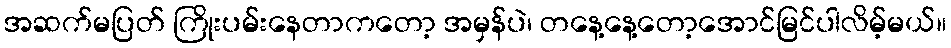
အဆက်မပြတ် ကြိုးပမ်းနေတာကတော့ အမှန်ပဲ၊ တနေ့နေ့တော့အောင်မြင်ပါလိမ့်မယ်။